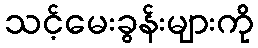
သင့်မေးခွန်းများကို